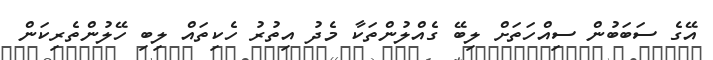
އޭގެ ސަބަބުން ސިއްހަތަށް ލިބޭ ގެއްލުންތަކާ މެދު އިތުރު ހެކިތައް ލިބި ހޭލުންތެރިކަން